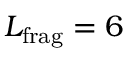
L _ { \mathrm { f r a g } } = 6